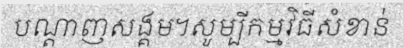
បណ្តាញសង្គម។សូម្បីកម្មវិធីសំខាន់